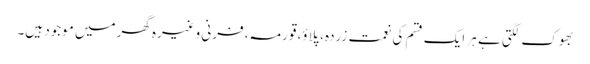
بھوک لگتی ہے ہر ایک قسم کی نعمت زردہ، پلاؤ، قورمہ، فرنی وغیرہ گھرمیں موجود ہیں۔